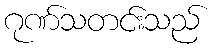
ဂုဏ်သတင်းသည်